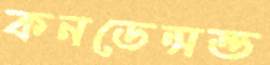
কনডেন্সন্ড